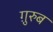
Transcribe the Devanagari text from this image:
ग़़ुरुब